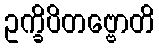
ဥက္ခိပိတဗ္ဗောတိ